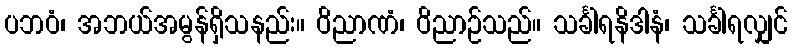
ပဘဝံ၊ အဘယ်အမွန်ရှိသနည်း။ ဝိညာဏံ၊ ဝိညာဉ်သည်။ သင်္ခါရနိဒါနံ၊ သင်္ခါရလျှင်